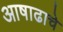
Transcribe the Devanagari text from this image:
आषाढाचे